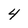
Character: 4